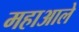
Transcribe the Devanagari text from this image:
महाआले